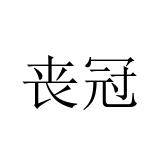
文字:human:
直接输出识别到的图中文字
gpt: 丧冠